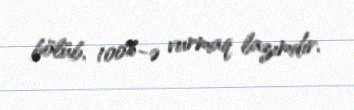
bölüb, 100%-ə vurmaq lazımdır.